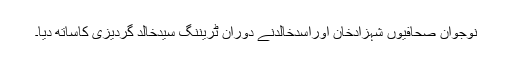
نوجوان صحافیوں شہزادخان اوراسدخالدنے دوران ٹریننگ سیدخالد گردیزی کاساتھ دیا۔